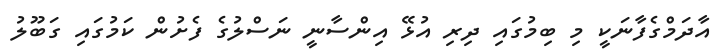
އާދަމްގެފާނަކީ މި ބިމުގައި ދިރި އުޅޭ އިންސާނީ ނަސްލުގެ ފެށުން ކަމުގައި ގަބޫލު